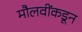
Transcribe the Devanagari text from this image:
मौलवींकडून